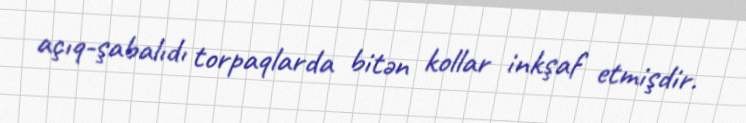
açıq-şabalıdı torpaqlarda bitən kollar inkşaf etmişdir.